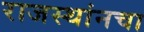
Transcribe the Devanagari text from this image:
राजस्थांनचा